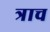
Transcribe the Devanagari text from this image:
त्राच